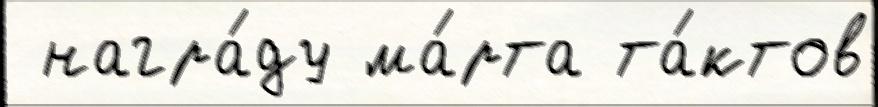
 награ́ду ма́рта та́ктов